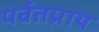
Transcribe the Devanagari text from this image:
पर्वतप्राय